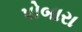
પોબારા